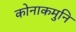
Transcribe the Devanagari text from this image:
कोनाकमुनि